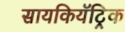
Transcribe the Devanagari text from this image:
सायकियॅट्रिक